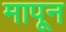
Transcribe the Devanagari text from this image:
मापून